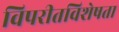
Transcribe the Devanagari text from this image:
विपरीतविशेषता